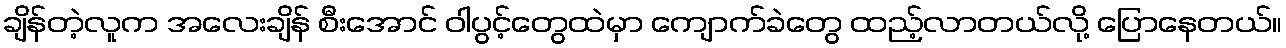
ချိန်တဲ့လူက အလေးချိန် စီးအောင် ဝါပွင့်တွေထဲမှာ ကျောက်ခဲတွေ ထည့်လာတယ်လို့ ပြောနေတယ်။